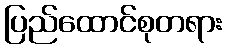
ပြည်ထောင်စုတရား